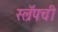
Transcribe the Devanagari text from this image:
स्ल्रॅपची